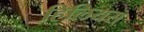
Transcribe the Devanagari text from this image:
हिलियस